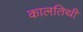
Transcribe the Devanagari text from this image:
कालतिथी